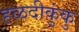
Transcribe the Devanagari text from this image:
हळदीकुंकु